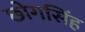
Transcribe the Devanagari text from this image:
छोगसिंह